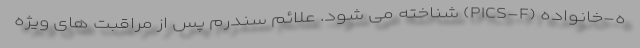
ه-خانواده (PICS-F) شناخته می شود. علائم سندرم پس از مراقبت های ویژه